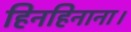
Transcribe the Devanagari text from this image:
हिनहिनाना।